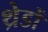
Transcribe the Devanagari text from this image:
थ्रेडों